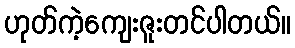
ဟုတ်ကဲ့ကျေးဇူးတင်ပါတယ်။